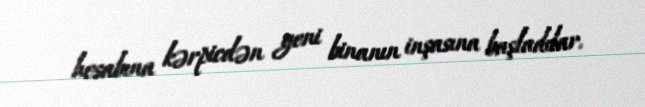
hesabına kərpicdən yeni binanın inşasına başladılar.